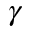
\gamma